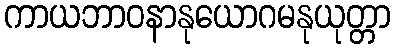
ကာယဘာဝနာနုယောဂမနုယုတ္တာ